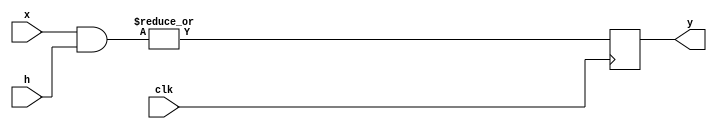
module al(x,h,clk,y);
input [9:0] x,h; 
output reg y;
input clk;
always @(posedge clk)
y= |(x&h);
endmodule